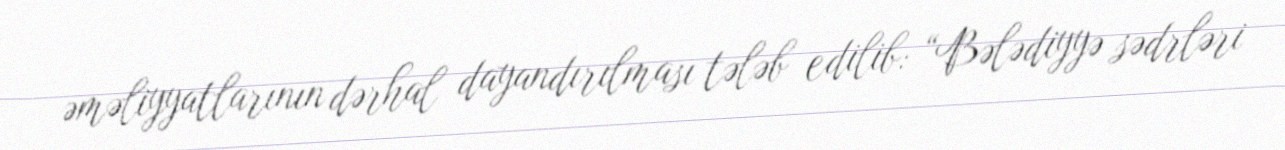
əməliyyatlarının dərhal dayandırılması tələb edilib: “Bələdiyyə sədrləri